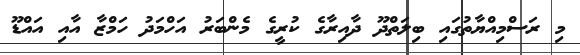
މި ރަސްމިއްޔާތުގައި ބިލަތްދޫ ދާއިރާގެ ކުރީގެ މެންބަރު އަހްމަދު ހަމްޒާ އާއި އައްޑޫ